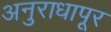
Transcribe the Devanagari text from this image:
अनुराधापूर